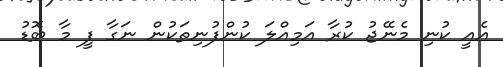
އެއީ ކުނި މެނޭޖު ކުރާ އަމިއްލަ ކުންފުނިތަކުން ނަގާ ފީ މާ ބޮޑު